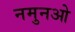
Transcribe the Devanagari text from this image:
नमुनओ